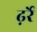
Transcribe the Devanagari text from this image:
ढ़र्रे